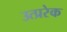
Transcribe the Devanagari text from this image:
उत्प्ररेक